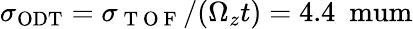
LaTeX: \sigma_{\mathrm{{ODT}}}=\sigma_{\mathrm{~T~O~F~}}/(\Omega_{z}t)=4.4~\mathrm{{\ mum}}